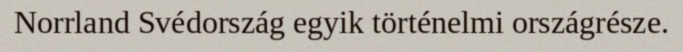
Norrland Svédország egyik történelmi országrésze.